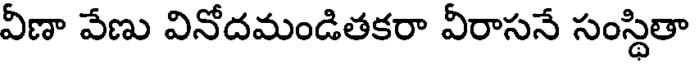
వీణా వేణు వినోదమండితకరా వీరాసనే సంస్థితా